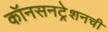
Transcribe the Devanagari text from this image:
कॉनसनट्रेशनची